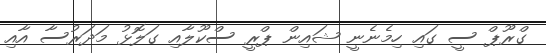
ގްރޫޕް ސީ ގައި ހިމެނެނީ ޝައިން ޕްރީ ސްކޫލާއި ގަލޮޅު މަދަރުސާ އާއި